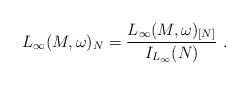
LaTeX: \begin{align*}L_\infty(M,\omega)_N = \frac{L_\infty(M,\omega)_{[N]}}{I_{L_\infty}(N)}~.\end{align*}